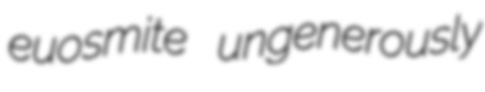
euosmite ungenerously